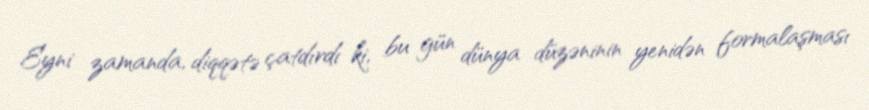
Eyni zamanda, diqqətə çatdırdı ki, bu gün dünya düzəninin yenidən formalaşması